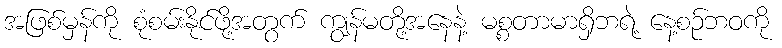
အဖြစ်မှန်ကို စုံစမ်းနိုင်ဖို့အတွက် ကျွန်မတို့အနေနဲ့ မစ္စတာမာရှိဘရဲ့ နေ့စဉ်ဘဝကို